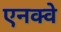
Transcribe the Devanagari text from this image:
एनक्वे